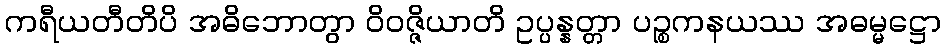
ကရီယတီတိပိ အဓိဘောတွာ ဝိဝဇ္ဇိယာတိ ဥပ္ပန္နတ္တာ ပဉ္စကနယဿ အဓမ္မဋ္ဌော